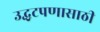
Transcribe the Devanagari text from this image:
उद्धटपणासाठी